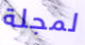
لمجلة